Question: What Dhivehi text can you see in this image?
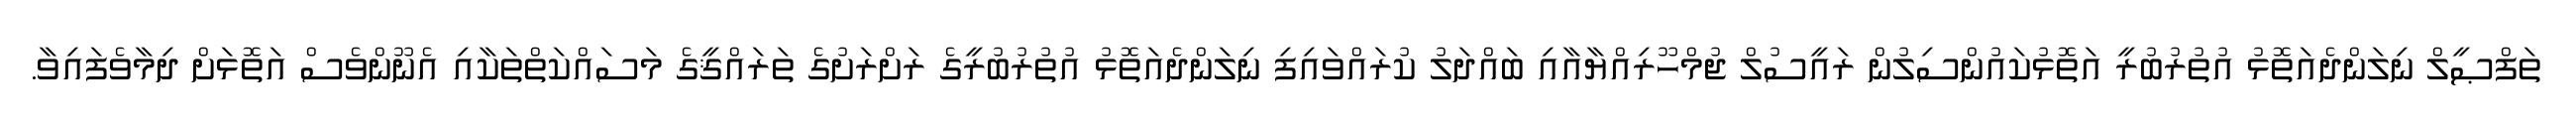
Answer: ތަފްޞީލް ނިލަންދެއަތޮޅު އުތުރުބުރީ އަތޮޅުކައުންސިލުން ރައީސުލް ޖުމްހޫރިއްޔާއާއި ބައްދަލު ކުރައްވައިފި ނިލަންދެއަތޮޅު އުތުރުބުރީގެ ރަށްރަށުގެ ތަރައްޤީގެ މަސައްކަތްތަކާއި އެނޫންވެސް އަތޮޅަށް ދިމާވެފައިވާ.